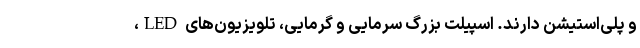
و پلی‌استیشن دارند. اسپیلت بزرگ سرمایی و گرمایی، تلویزیون‌های LED،